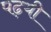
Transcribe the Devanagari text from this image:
पढ़यी